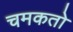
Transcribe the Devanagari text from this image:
चमकतो